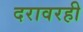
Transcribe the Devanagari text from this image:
दरावरही